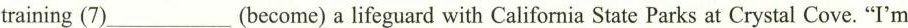
training (7)___(become) a lifeguard with California State Parks at Crystal Cove. "I'm